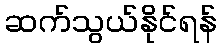
ဆက်သွယ်နိုင်ရန်